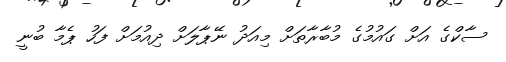
ސާކްގެ އަށް ގައުމުގެ މުބާރާތަށް މިއަދު ނޭޕާލަށް ދިއުމަށް ފަހު ޕެމާ ބުނީ